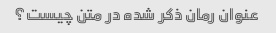
عنوان رمان ذکر شده در متن چیست؟